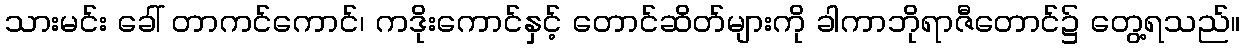
သားမင်း ခေါ် တာကင်ကောင်၊ ကဒိုးကောင်နှင့် တောင်ဆိတ်များကို ခါကာဘိုရာဇီတောင်၌ တွေ့ရသည်။